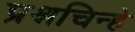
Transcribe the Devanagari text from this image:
प्रश्नचिन्हे